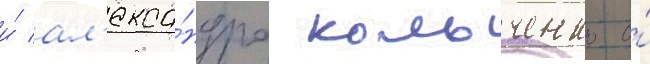
и́ ал'екса́ндра кольченко о́